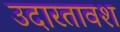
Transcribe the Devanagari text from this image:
उदारतावश